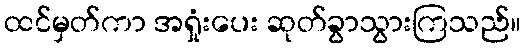
ထင်မှတ်ကာ အရှုံးပေး ဆုတ်ခွာသွားကြသည်။